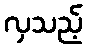
လှသည့်